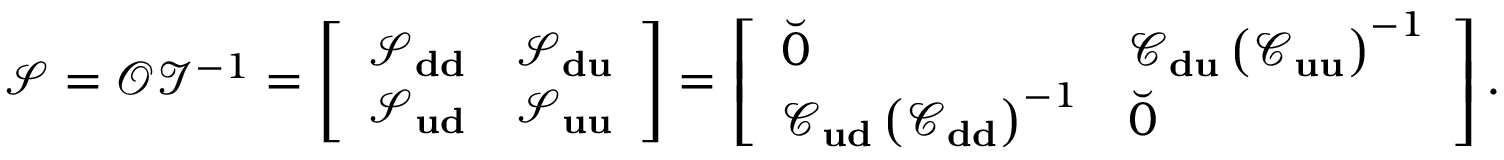
\mathcal { S } = \mathcal { O } \mathcal { I } ^ { - 1 } = \left[ \begin{array} { r r } { \mathcal { S } _ { \bf d d } } & { \mathcal { S } _ { \bf d u } } \\ { \mathcal { S } _ { \bf u d } } & { \mathcal { S } _ { \bf u u } } \end{array} \right] = \left[ \begin{array} { l l } { \breve { 0 } } & { \mathcal { C } _ { \bf d u } \left( \mathcal { C } _ { \bf u u } \right) ^ { - 1 } } \\ { \mathcal { C } _ { \bf u d } \left( \mathcal { C } _ { \bf d d } \right) ^ { - 1 } } & { \breve { 0 } } \end{array} \right] .